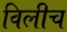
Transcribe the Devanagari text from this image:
विलीच